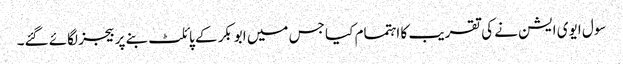
سول ایوی ایشن نے کی تقریب کا اہتمام کیا جس میں ابوبکر کے پائلٹ بنے پر بیجز لگائے گئے۔